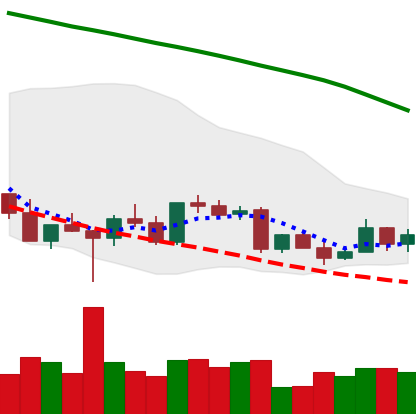
Ticker: LTC-USD
Chart end date: 2022-03-11
Forward return: 6.091%
Label: up_5_7